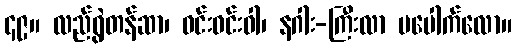
၄၉။ လည်ရွဲတန်ဆာ၊ ဝင်းဝင်းဝါ၊ နဂါး-ကြီးလာ မပေါက်လော။